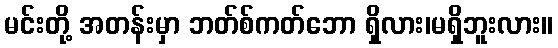
မင်းတို့ အတန်းမှာ ဘတ်စ်ကတ်ဘော ရှိလား၊မရှိဘူးလား။